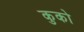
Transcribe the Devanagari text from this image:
कुको